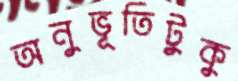
অনুভূতিটুকু